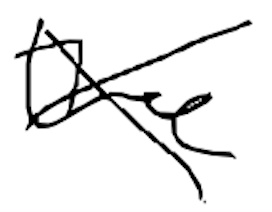
Text: the
Cross-out: cross
Writing tool: digital_black